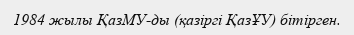
1984 жылы ҚазМУ-ды (қазіргі ҚазҰУ) бітірген.